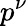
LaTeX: p^{\nu}